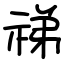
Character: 祶